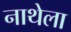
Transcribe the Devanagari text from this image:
नाथेला